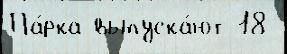
Па́рка выпуска́ют 18